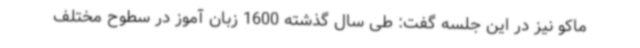
ماکو نیز در این جلسه گفت: طی سال گذشته 1600 زبان آموز در سطوح مختلف